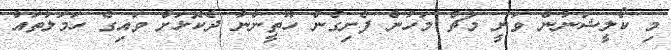
މި ކޯލީޝަނުން ވަނީ މާޗް މަހުން ފެށިގެން ހޫތީންނާ ދެކޮޅަށް ވައިގެ ހަމަލާތައް